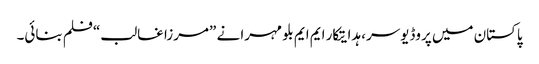
پاکستان میں پروڈیوسر، ہدایتکار ایم ایم بلو مہرا نے ”مرزا غالب“فلم بنائی۔